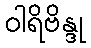
ဝါရိဗိန္ဒု